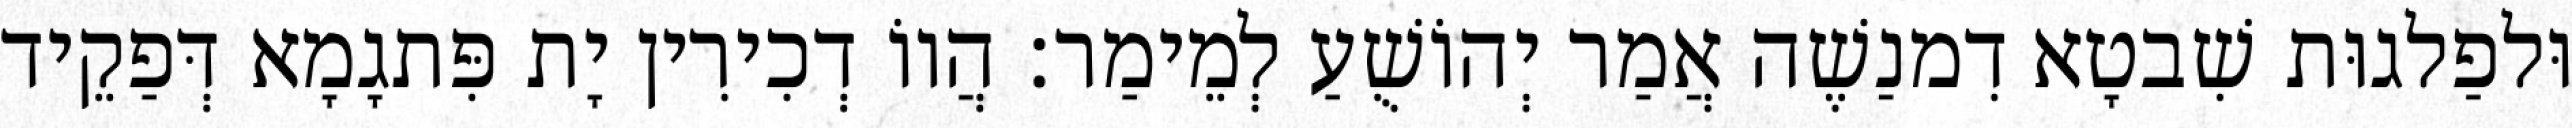
וּלפַלגוּת שִׁבטָא דִמנַשֶׁה אֲמַר יְהוֹשֻׁעַ לְמֵימַר׃ הֲווֹ דְכִירִין יָת פִּתגָמָא דְּפַקֵיד